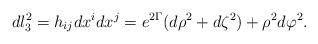
LaTeX: \begin{align*}dl_3^2=h_{ij}dx^idx^j=e^{2\Gamma}(d\rho^2+d\zeta^2)+\rho^2d\varphi^2.\end{align*}